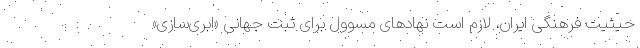
حیثیت فرهنگی ایران، لازم است نهادهای مسوول برای ثبت جهانی «ابری‌سازی»